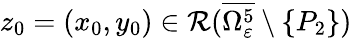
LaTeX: z_{0}=(x_{0},y_{0})\in\mathcal{R}(\overline{{\Omega_{\varepsilon}^{5}}}\setminus\{ P_{2}\} )